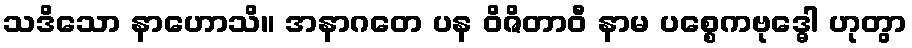
သဒိသော နာဟောသိ။ အနာဂတေ ပန ဝိဇိတာဝီ နာမ ပစ္စေကဗုဒ္ဓေါ ဟုတွာ